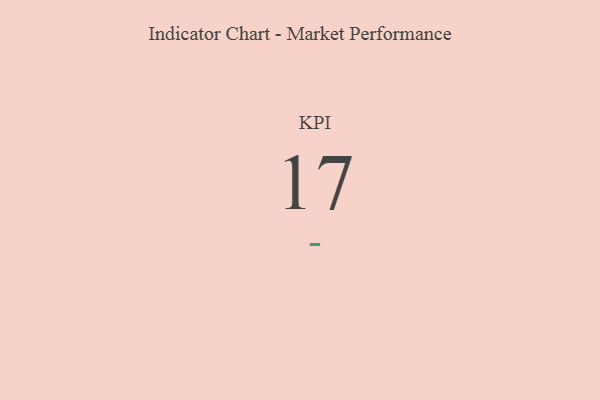
{"axis": {"x": "KPI", "y": "Value"}, "legend": [""], "data": [{"x": "KPI", "y": 17, "type": ""}]}